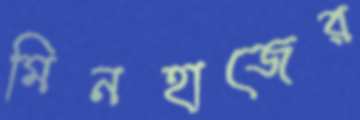
মিনহাজের